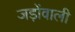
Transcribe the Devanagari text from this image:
जड़ोंवाली